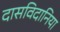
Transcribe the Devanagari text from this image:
दासविदानिया